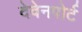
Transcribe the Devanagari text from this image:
देवेनपोर्ट